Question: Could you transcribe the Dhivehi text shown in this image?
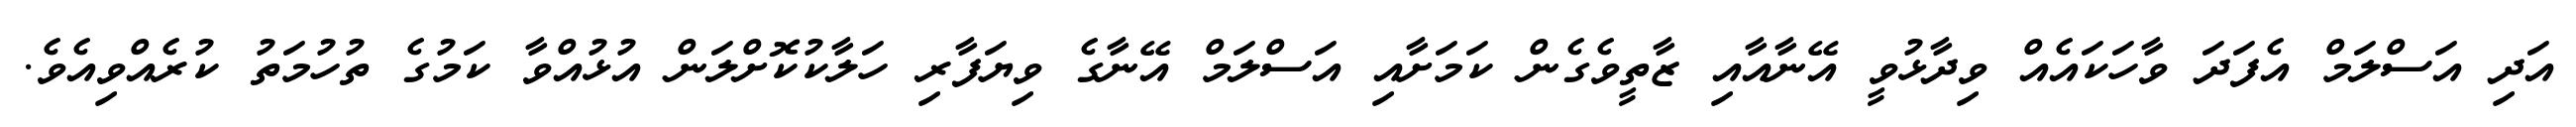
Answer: އަދި އަސްލަމް އެފަދަ ވާހަކައެއް ވިދާޅުވީ އޭނާއާއި ޒާތީވެގެން ކަމަށާއި އަސްލަމް އޭނާގެ ވިޔަފާރި ހަލާކުކޮށްލަން އުޅުއްވާ ކަމުގެ ތުހުމަތު ކުރެއްވިއެވެ.